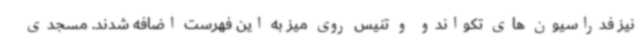
نیز فدراسیون های تکواندو و تنیس روی میز به این فهرست اضافه شدند. مسجدی